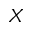
\boldsymbol X